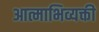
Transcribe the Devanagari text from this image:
आत्माभिव्यक्ती